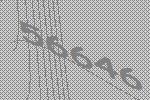
56646